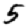
Digit: 5